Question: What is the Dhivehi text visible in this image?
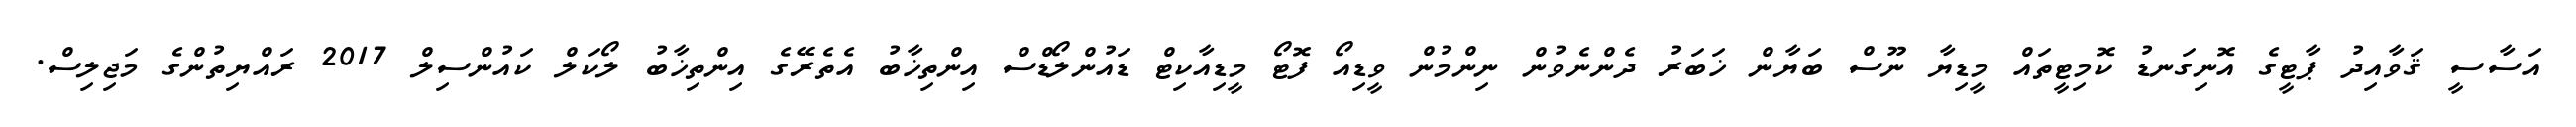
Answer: އަސާސީ ޤަވާއިދު ޕާޓީގެ އޮނިގަނޑު ކޮމިޓީތައް މީޑިޔާ ނޫސް ބަޔާން ޚަބަރު ދެންނެވުން ނިންމުން ވީޑިއޯ ފޮޓޯ މީޑިއާކިޓް ޑައުންލޯޑްސް އިންތިޚާބު އެތެރޭގެ އިންތިޚާބު ލޯކަލް ކައުންސިލް 2017 ރައްޔިތުންގެ މަޖިލިސް.